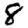
Digit: 8